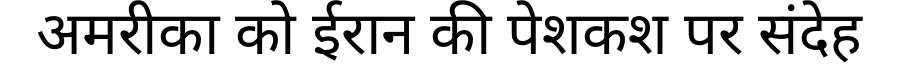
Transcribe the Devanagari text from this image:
अमरीका को ईरान की पेशकश पर संदेह